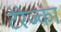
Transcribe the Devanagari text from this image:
टेरेज्का